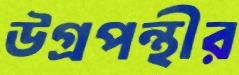
উগ্রপন্থীর